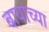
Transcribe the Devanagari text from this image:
बायांच्या